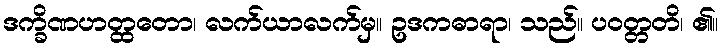
ဒက္ခိဏဟတ္ထတော၊ လက်ယာလက်မှ။ ဥဒကဓာရာ၊ သည်။ ပဝတ္တတိ၊ ၏။